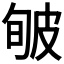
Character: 𤿟